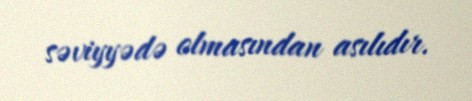
səviyyədə olmasından asılıdır.